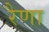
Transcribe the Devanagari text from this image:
रैणा